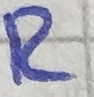
Text: R